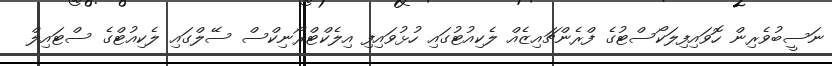
ނަސީބުވެރިން ހޮވައިފިލަކޯސްޓުގެ ފްރެންޗައިޒެއް ލެކިއުޓުގައި ހުޅުވައިފި އިލެކްޓްރޯނިކްސް ސޭލްގައި ލެކިއުޓްގެ ސްޓައިލް